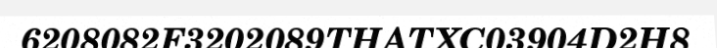
6208082F3202089THATXC03904D2H8